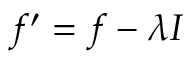
f ^ { \prime } = f - \lambda I